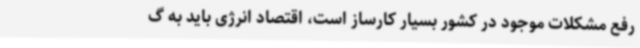
رفع مشکلات موجود در کشور بسیار کارساز است، اقتصاد انرژی باید به گ